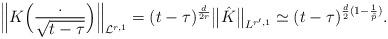
LaTeX: \begin{align*}\Big\|K\Big(\frac{.}{\sqrt{t - \tau}}\Big)\Big\|_{\mathcal{L}^{r,1}} = (t - \tau)^{\frac{d}{2r}}\big\|\hat K\big\|_{L^{r', 1}} \simeq (t - \tau)^{\frac{d}{2}(1 - \frac{1}{\tilde p})}.\end{align*}